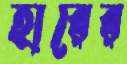
হারের